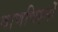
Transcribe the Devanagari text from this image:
बाणचिह्नों